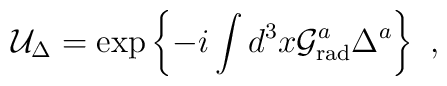
{\cal U}_{\Delta} = \exp \left\{ -i \int d^{3}x {\cal G}_{\rm rad}^a\Delta^{a}  \right\}  \ ,